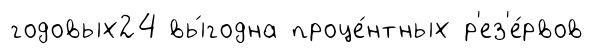
годовых24 вы́годна проце́нтных р'ез'е́рвов